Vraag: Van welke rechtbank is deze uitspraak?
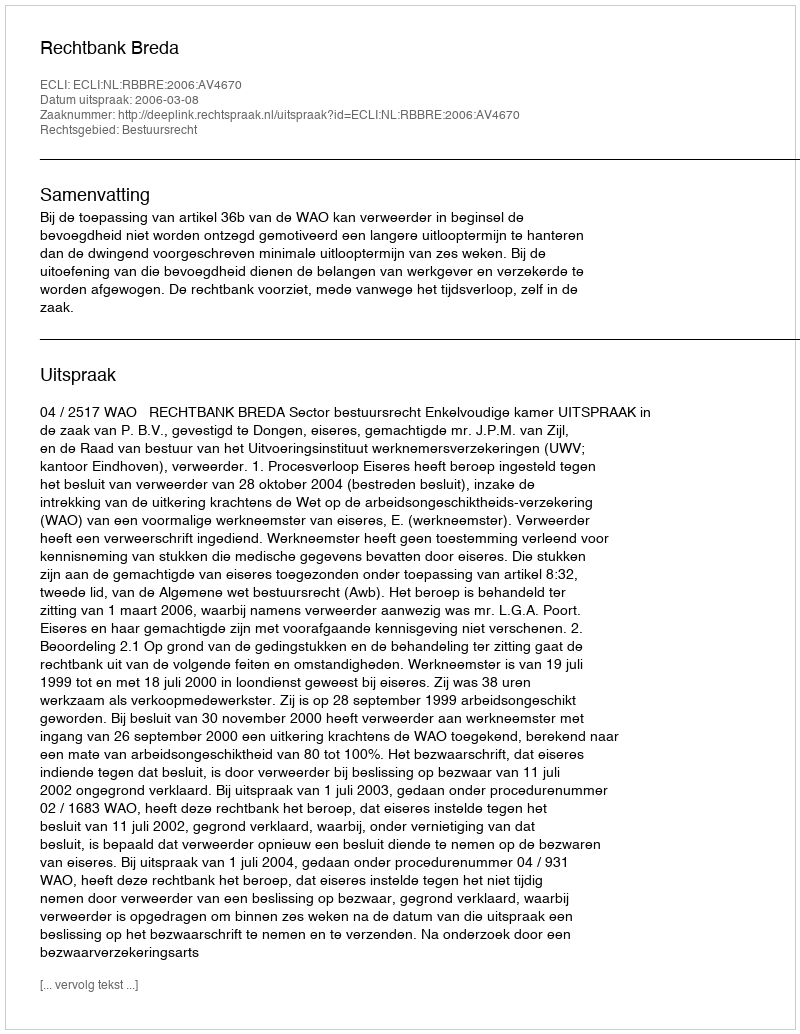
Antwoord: Rechtbank Breda